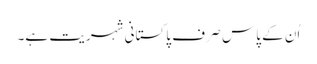
اُن کے پاس صِرف پاکستانی شہریت ہے۔